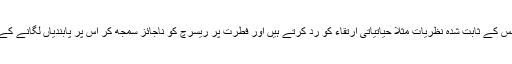
یہ لوگ سائنس کے ثابت شدہ نظریات مثلاً حیاتیاتی ارتقاء کو رد کرتے ہیں اور فطرت پر ریسرچ کو ناجائز سمجھ کر اس پر پابندیاں لگانے کے درپے ہیں۔